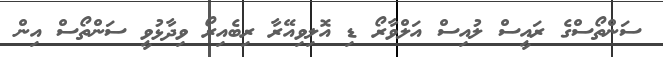
ސަންތޯސްގެ ރައީސް ލުއިސް އަލްވާރޯ ޑި އޮލިވިއޭރާ ރިބެއިރޯ ވިދާޅުވީ ސަންތޯސް އިން